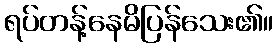
ရပ်တန့်နေမိပြန်သေး၏။